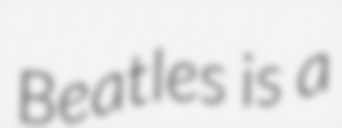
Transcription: Beatles is a